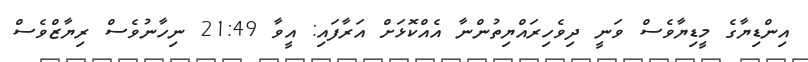
އިންޑިޔާގެ މީޑިޔާވެސް ވަނީ ދިވެހިރައްޔިތުންނާ އެއްކޮޅަށް އަރާފައި: އީވާ 21:49 ނިހާނުވެސް ރިޔާޒްވެސް